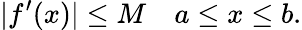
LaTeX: |f^{\prime}(x)|\leq M\quad a\leq x\leq b.